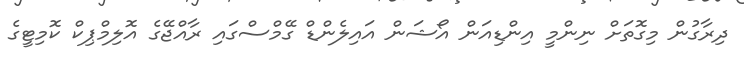
ދިރާގުން މިގޮތަށް ނިންމީ އިންޑިއަން އޯޝަން އައިލެންޑް ގޭމްސްގައި ރާއްޖޭގެ އޮލިމްޕިކް ކޮމިޓީގެ